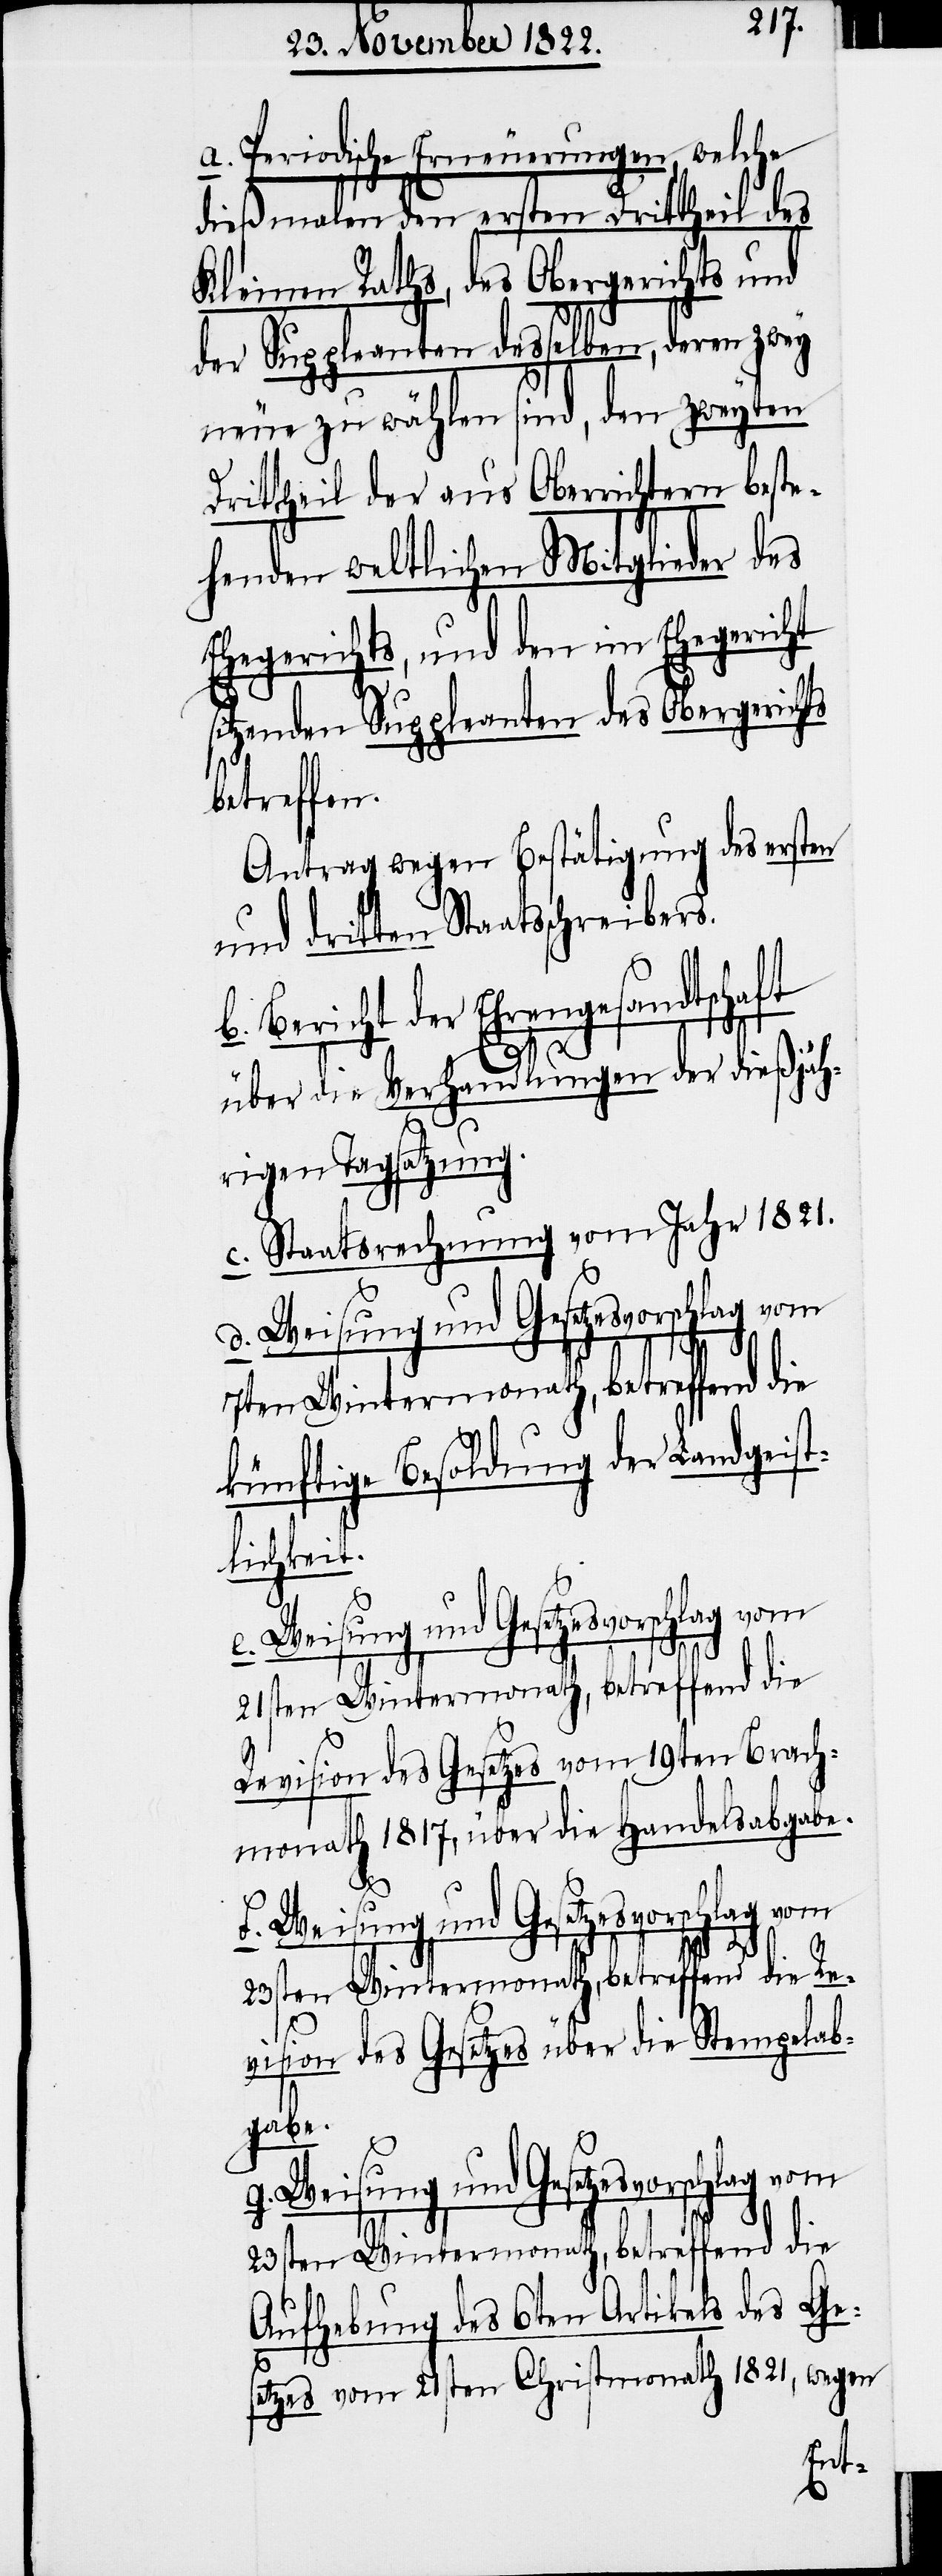
a. Periodische Erneuerungen, welche
O¬
dießmalen den ersten Drittheil des
Kleinen Raths, des Obergerichts und
der Suppleanten desselben, deren zwey
neue zu wählen sind, den zweyten
berrichtern beste¬
Drittheil der aus
Mitglieder des
henden weltlichen
Ehegerichts, und den im Ehegericht
sitzenden Suppleanten des Obergerichts
betreffen.
Antrag wegen Bestätigung des ersten
und dritten Staatsschreibers.
b. Bericht der Ehrengesandtschaft
über die Verhandlungen der dießjäh¬
rigen Tagsatzung.
c. Staatsrechnung vom Jahr 1821.
g. Weisung und Gesetzesvorschlag vom
künftige Besoldung der Landgeist¬
lichkeit.
21sten Wintermonath, betreffend die
Revision des Gesetzes vom 19ten Brach¬
monath 1817, über die Handelsabgabe.
23sten Wintermonath, betreffend die Re¬
vision des Gesetzes über die Stempelab¬
gabe.
23sten Wintermonath, betreffend die
Aufhebung des 6ten Artikels des Ges¬
etzes vom 21sten Christmonath 1821, wegen